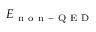
E _ { \mathrm { ~ n ~ o ~ n ~ - ~ Q ~ E ~ D ~ } }